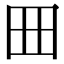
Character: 𡆪